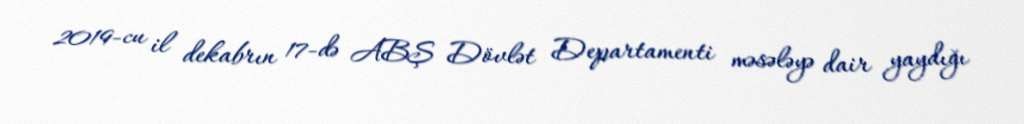
2019-cu il dekabrın 17-də ABŞ Dövlət Departamenti məsələyə dair yaydığı